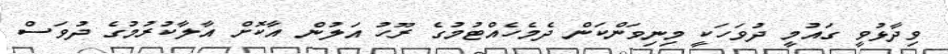
ވިދާޅުވީ ގައުމީ ދުވަހަކީ މިނިވަންކަން ދެމެހެއްޓުމުގެ ރޫހު އަލުން އާކޮށް އާލާކުރުމުގެ ދުވަސް